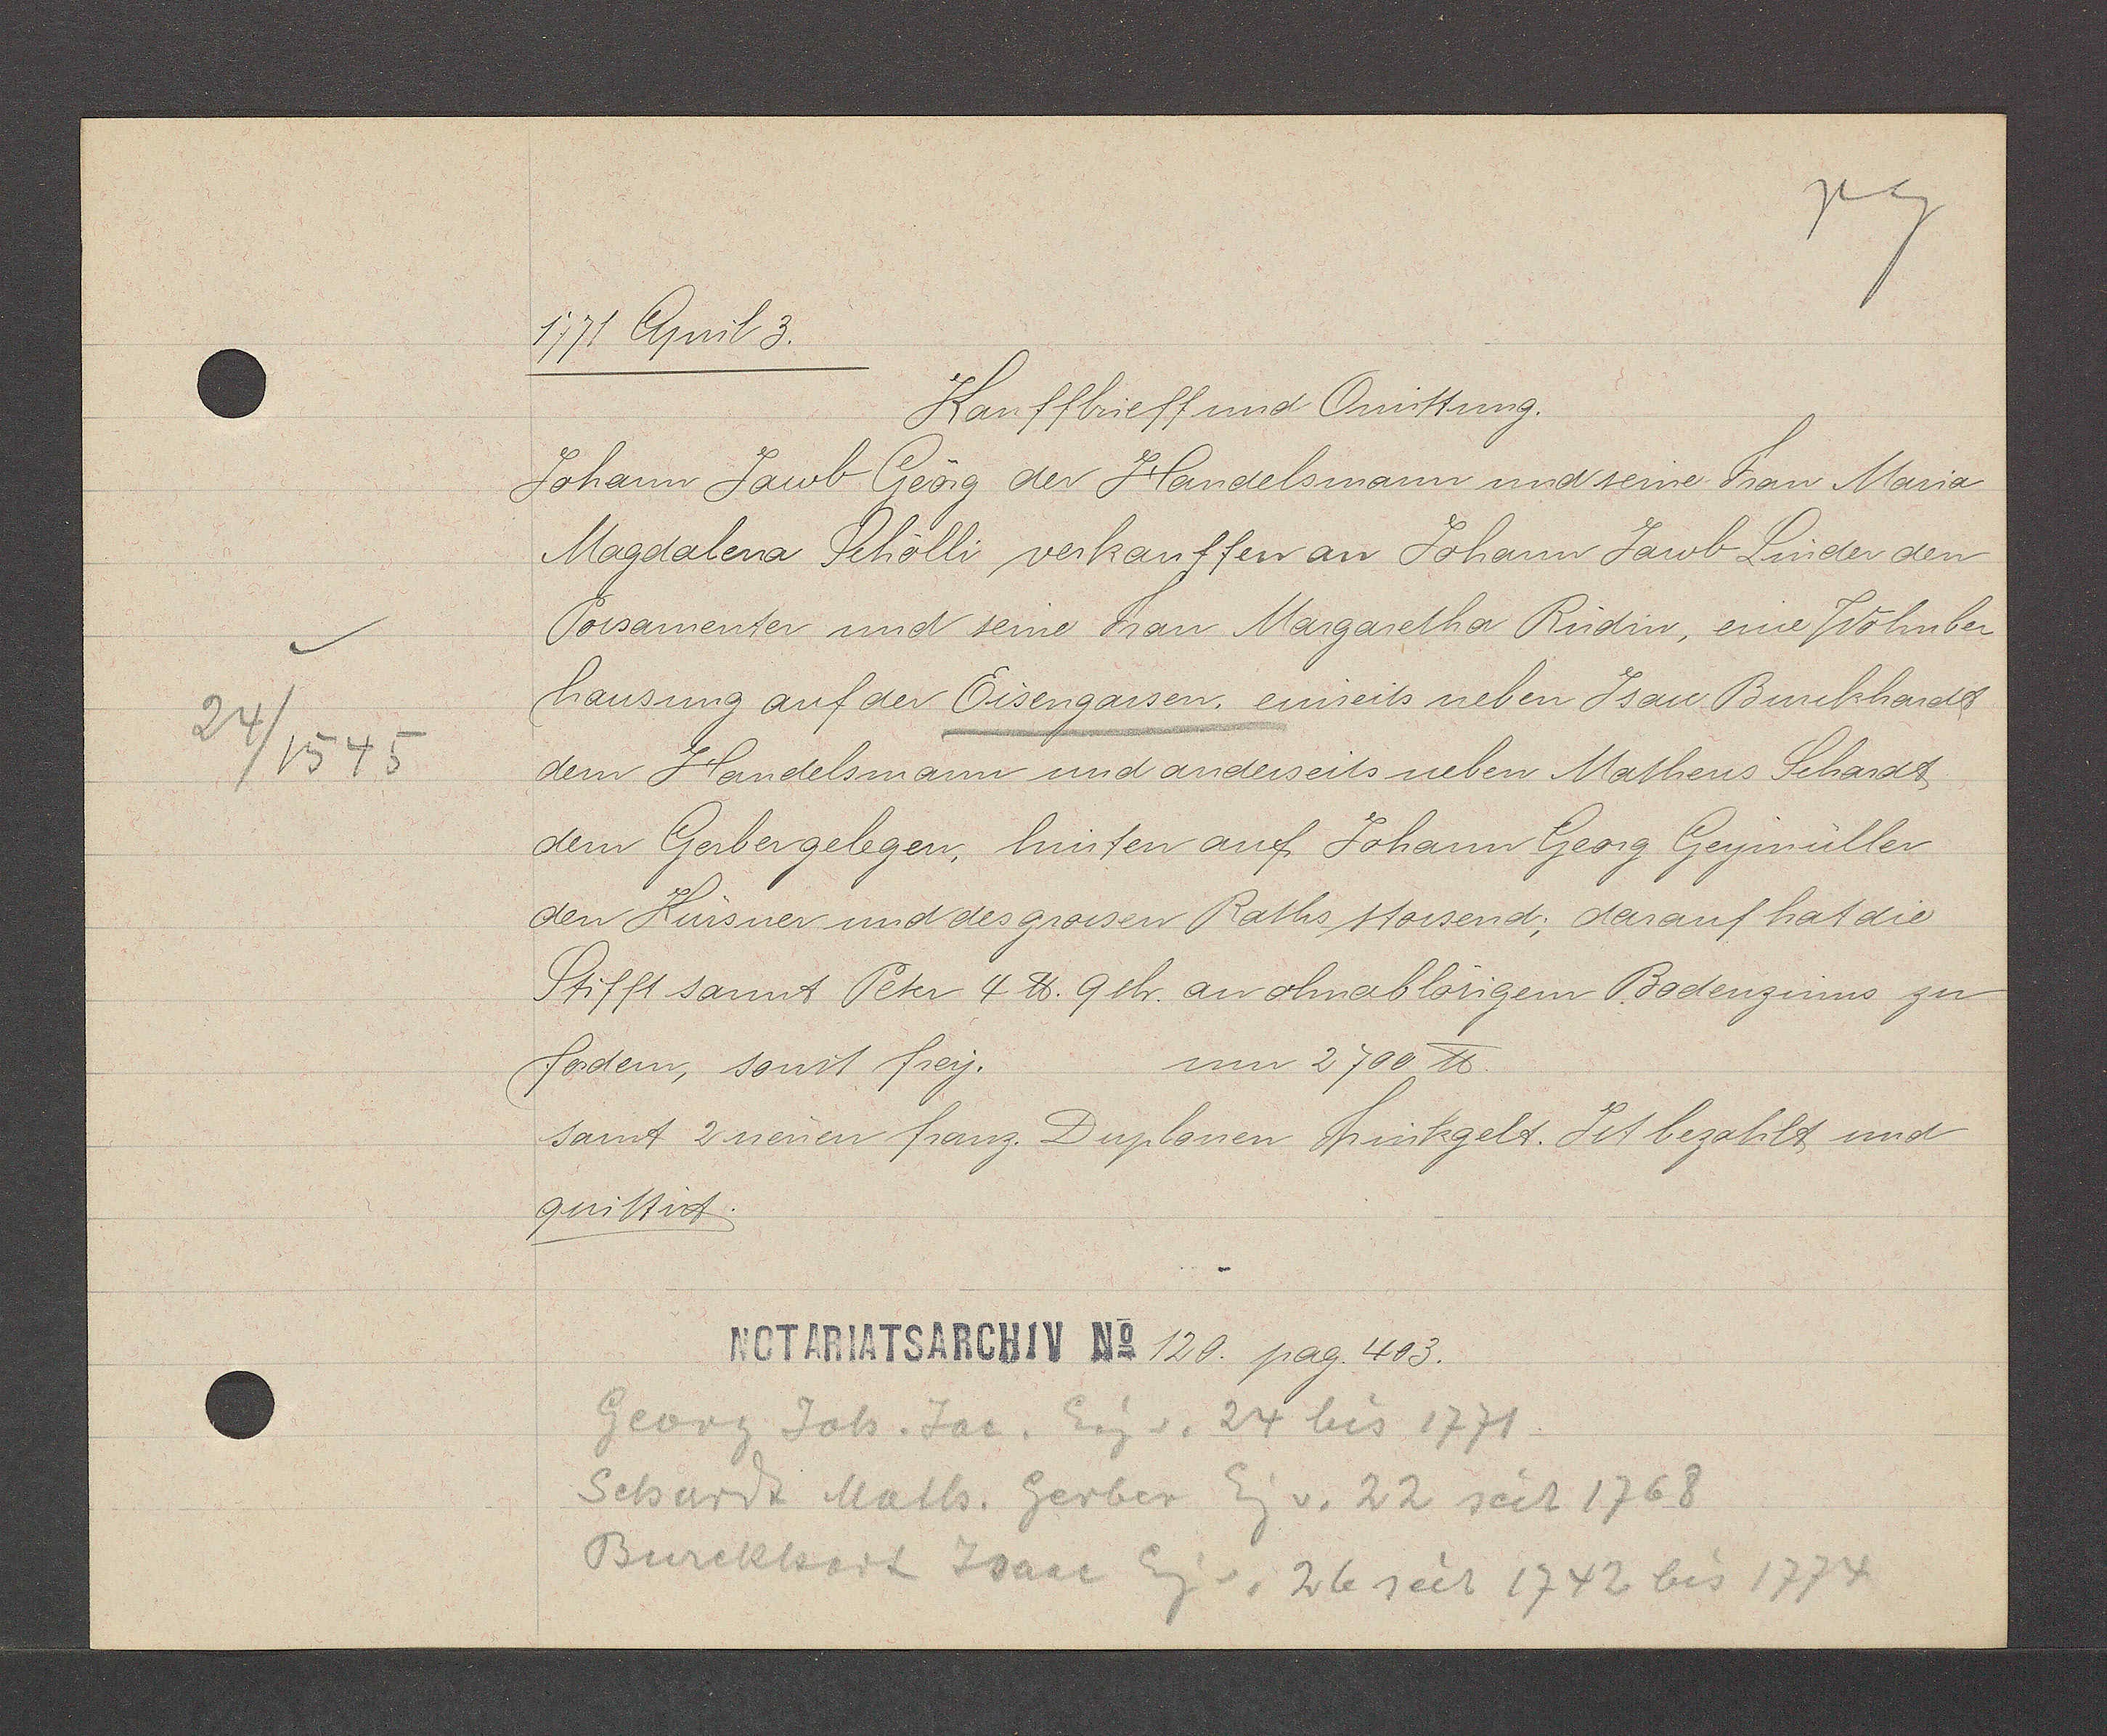
Transcript:
24/1545

1771 April 3.
Kauffbrieff und Quittung.
Johann Jaurb Geörg der Handelsmann und seine Frau Maria
Magdalena Schölli verkauffen an Johann Jacob Linder den
Porsamenter und seine Frau Margaretha Rüdin, eine Wohnbe-
hausung auf der Eisengassen. einseits neben Isau. Burckhardt
dem Handelsmann und anderseits neben Matheus Schadt.
dem Gerbergelegen, hinnten auf Johann Georg Geymüller
den Kürsner und des grossen Raths stossend; dar auf hat die
Stifft sannt Peter 4 ℔. 9 sh. an ohnablösigem Bodenzinns zu
um 2700 ℔.
fordern, sonit frey.
samt 2 neuen franz Duplonen Trinkgelt. Ist bezahlt und
quittirt.
120 pag. 403.
Georg Joh. Jac. Eig. 24 bis 1771.
Schardt Math. Gerber Eg. v. 22 seit 1768
Burckhart Jsau Eg v. 26 seit 1742 bis 1774